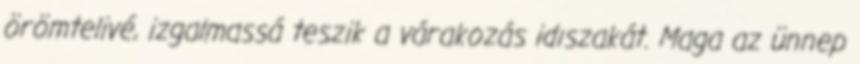
örömtelivé, izgalmassá teszik a várakozás idıszakát. Maga az ünnep